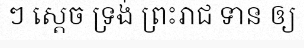
ៗ ស្តេច ទ្រង់ ព្រះរាជ ទាន ឲ្យ